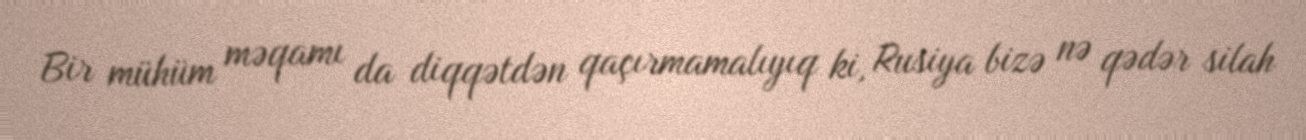
Bir mühüm məqamı da diqqətdən qaçırmamalıyıq ki, Rusiya bizə nə qədər silah